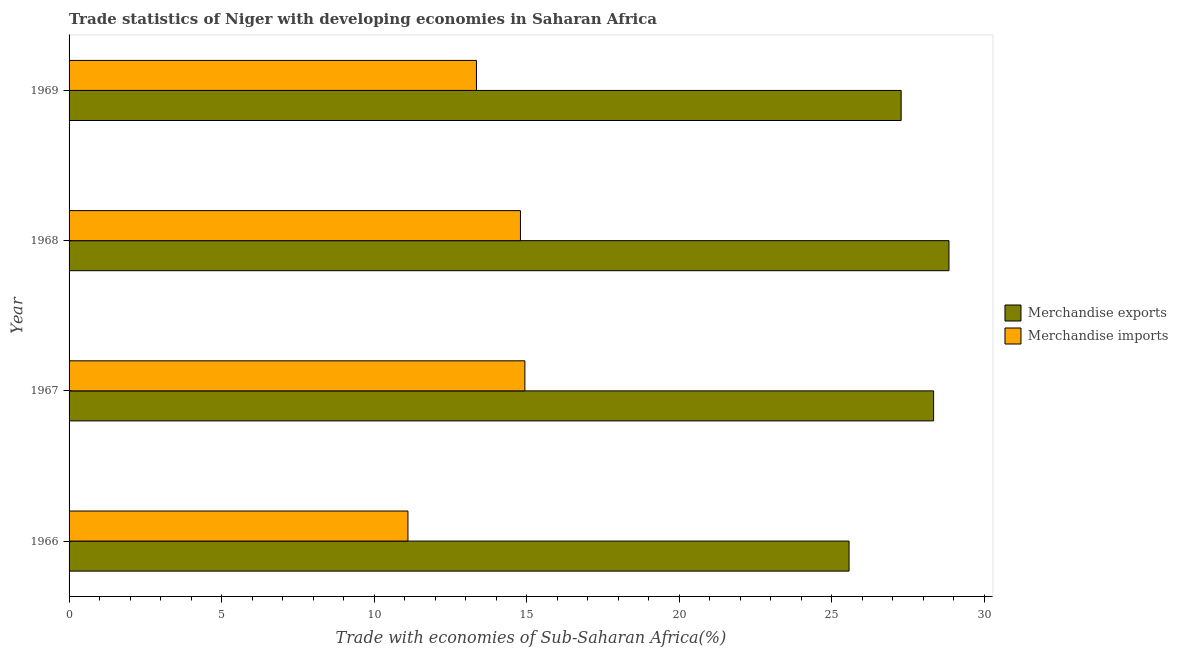
| Year | Merchandise exports | Merchandise imports |
 | --- | --- | --- |
 | 1966 | 25.6 | 11.1 |
 | 1967 | 28.3 | 14.9 |
 | 1968 | 28.9 | 14.8 |
 | 1969 | 27.3 | 13.4 |